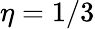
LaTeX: \eta=1/3